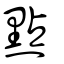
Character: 點